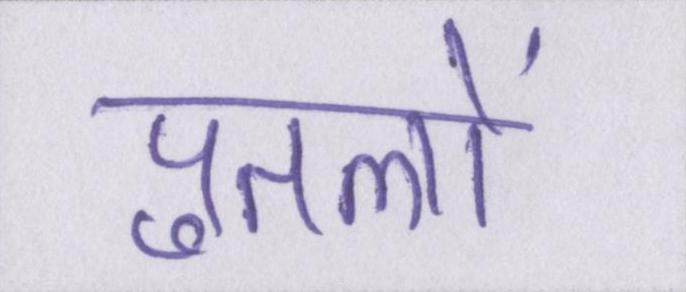
पुतलों